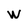
Character: W